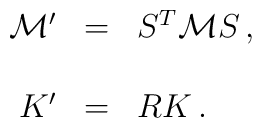
\begin{array}{rcl}{\cal M}^{\prime} & = & S^{T}{\cal M}S\, ,\\& & \\K^{\prime} & = & RK\, .\\\end{array}